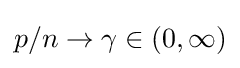
p/n\to \gamma \in (0,\infty )